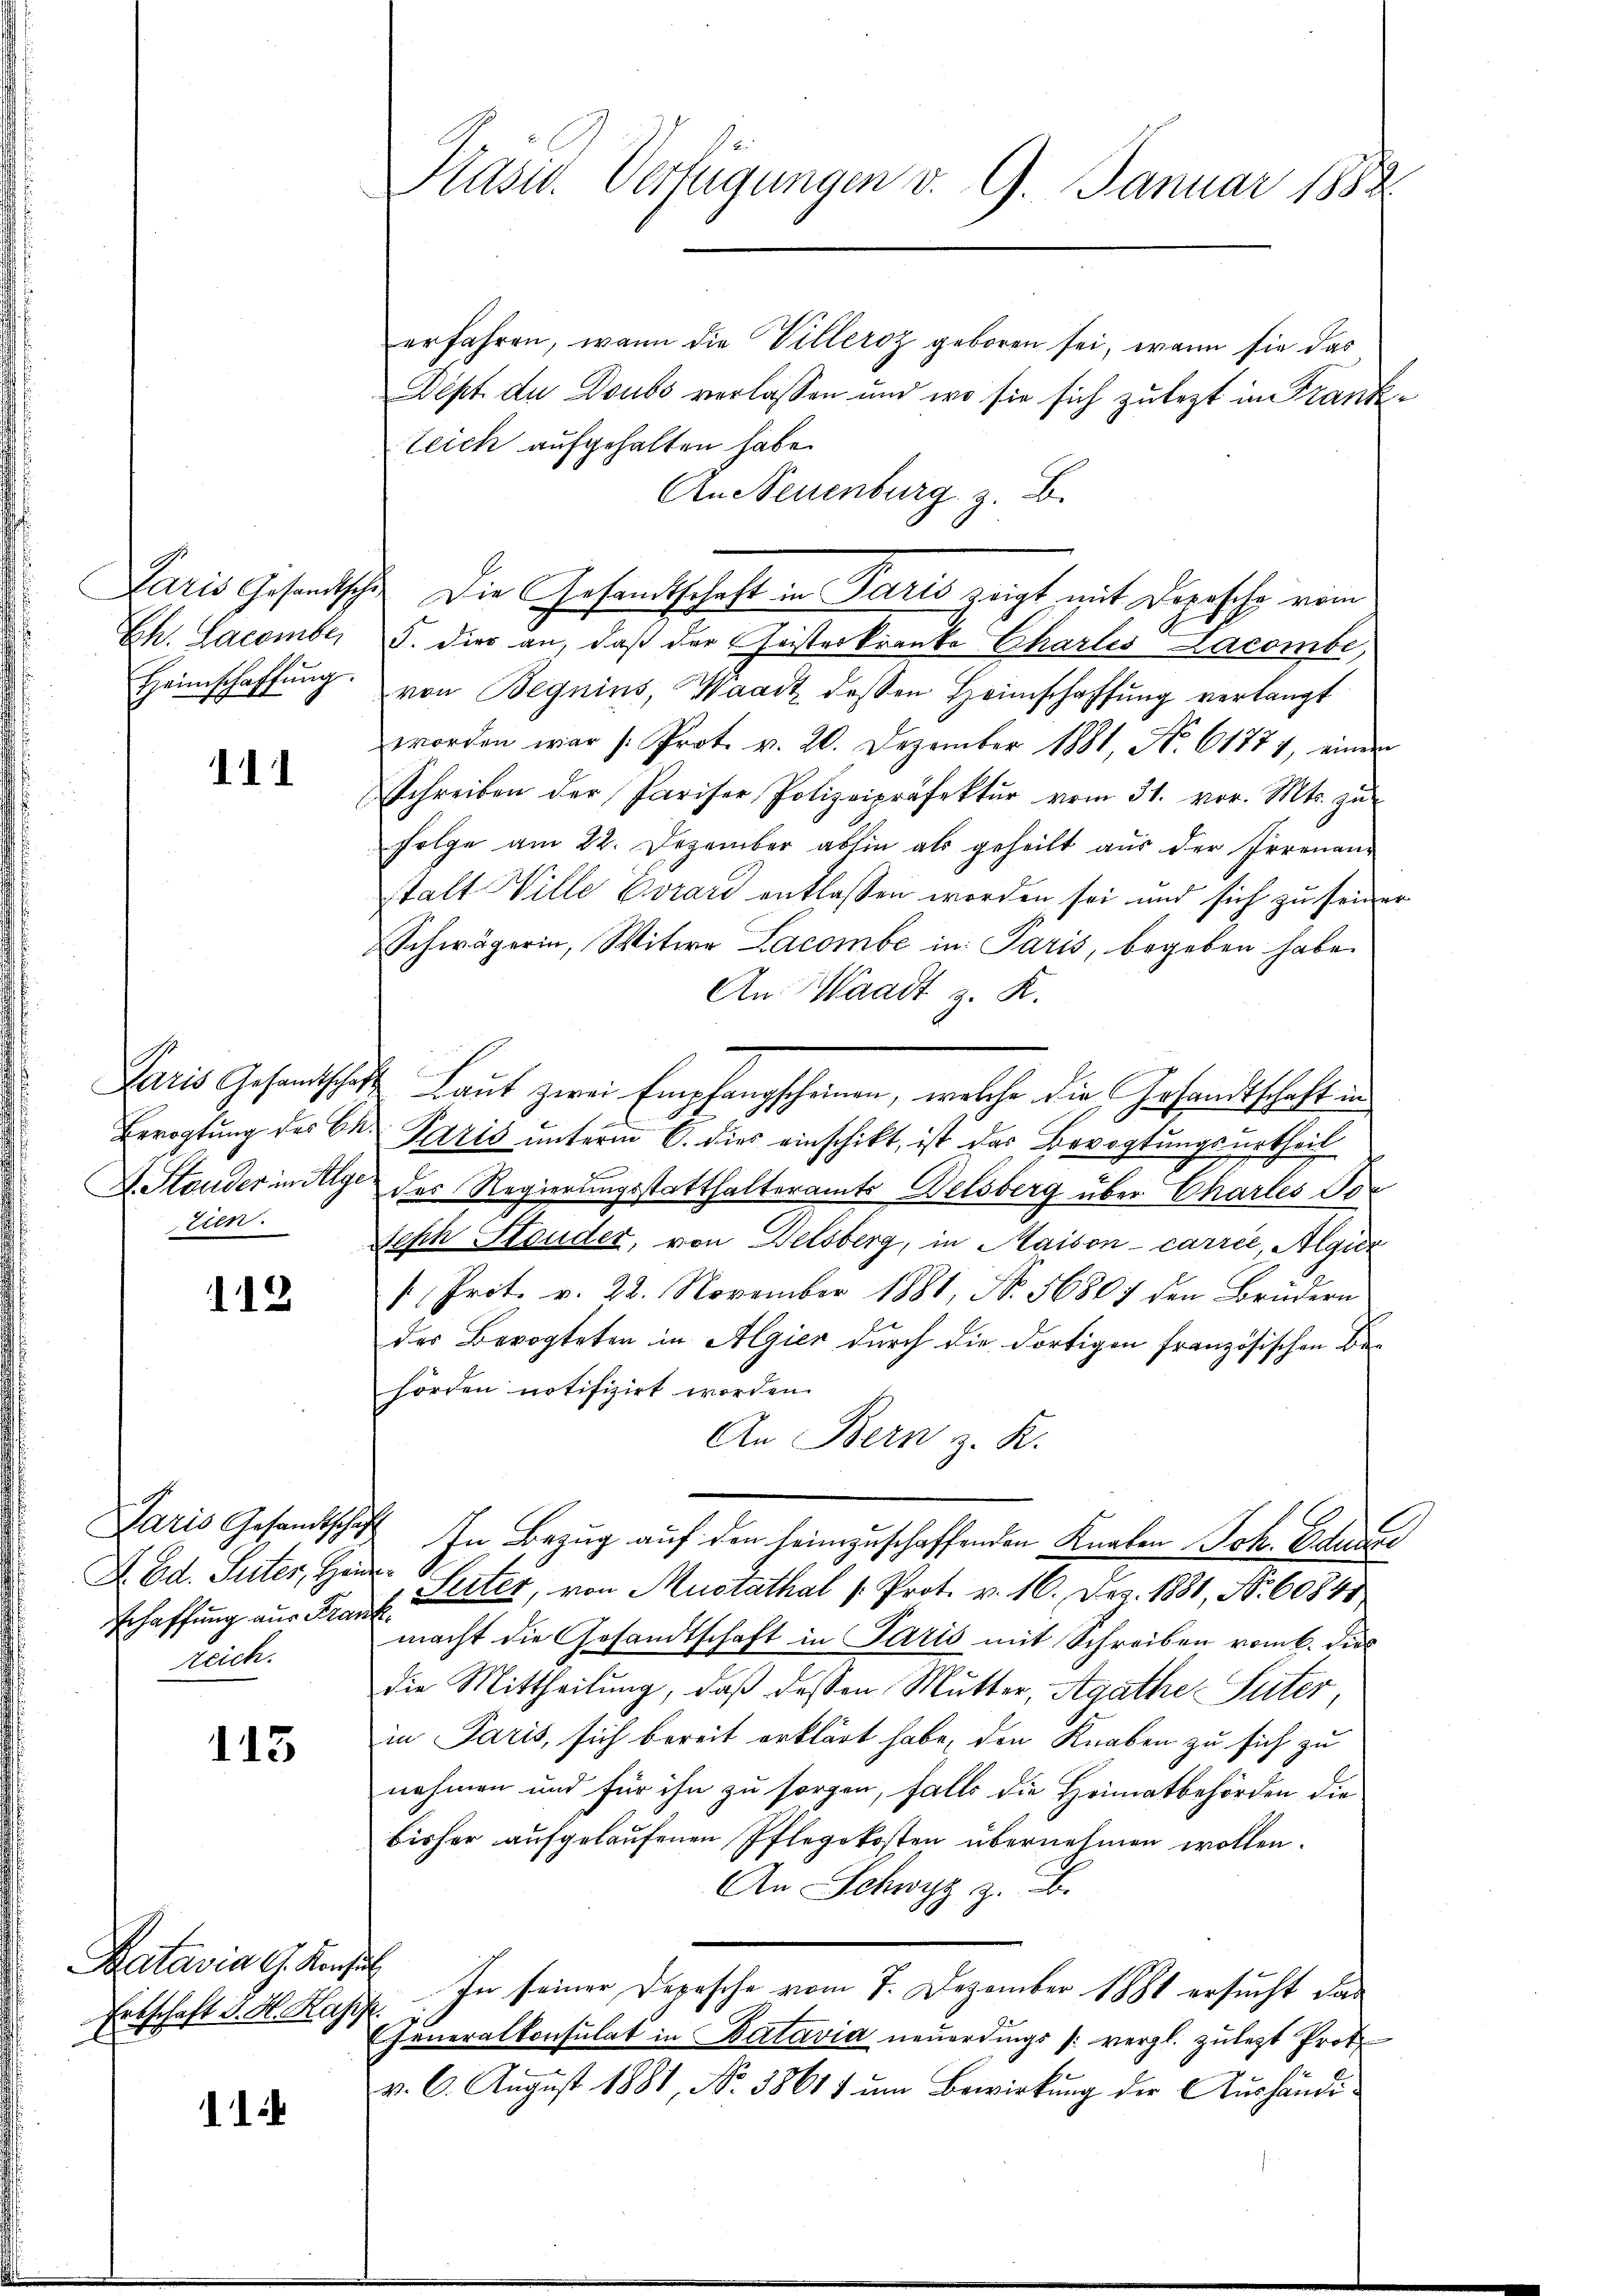
Paris Gesandtsche
Eh. Lacomber
Heimschaffŭng.

111

Paris Gesandtscha
Brrogtung des Eh
L. Stauder in Alge
tien.

112

Paris Gesandtschaft
D. Ed. Seiter, Hand
Erhaffung aus Fran
zeich.

113

Batavia G. Konfer
Erbschaft G. H. Kap

11

Präsid. Verfügungen v. 9. Januar 1882.

erfahren, wenn die Villeroz geboren sei, wenn sie das
Dipt du Doubs verlassen und wo sie sich zulezt in Frank¬
Zeich aufgehalten habe.
An Neuenburg z. B.
 Die Gesandtschaft in Paris zeigt mit Deposche vom
S. dies an, daß der Christerkranke Chartes Lacombe,
von Begnius, Waadt dessen Heimschaffung verlangt
worden war (Prot. v. 20. Dezember 1881, N. 61771, einem
Schreiben der Pariser Polizeipräfektur vom 31. vor. Mts. zu
folge am 22. Dezember abhin als geheilt aŭs der Irrenan
stalt Ville Evrard entlassen worden sei und sich zu seiner
Schwägerin, Witwe Lacombe in Paris, begeben habe.
An Waadt z. K.
Laut zwei Empfangscheinen, welche die Gesandtschaft in
Paris unterm 6. dies einschikt, ist das Bevogtungsurtheil
des Regierungsstatthalteramts Delsberg über Chartes der
Seph Stonder, von Delsberg, in Maison carrić, Algier
/. Prot. v. 22. November 1881, No. 56807 den Brüdern
des Bevogteten in Algier durch die dortigen französischen Behörden notifizirt worden.
An Bern z. K.
In Bezug auf den heimzuschaffenden Knaben Joh. Eduard
 x
Seiter, von Austathal /: Prot. v. 16. Dez. 1881, No. 60840
.
macht die Gesandtschaft in Paris mit Schreiben vom 6. dies
die Mittheilung, daß dessen Mutter, Agathe Suter
in Paris, sich bereit erklärt habe, den Knaben zu sich zu
nehmen und für ihn zu sorgen, falls die Heimatbehörden die
bisher aufgelaufenen Pflegekosten übernehmen wollen.
An Schwyz z. B.
In seiner Depesche vom 7. Dezember 1881 ersucht das
Eheneralkonsulat in Batavia neuerdings /: vergl. zuletzt Prot
v. 6. Aŭgust 1881, No 38611 ŭm Bewirkŭng der Aŭshändi-